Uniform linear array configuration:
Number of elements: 4
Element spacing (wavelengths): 0.5
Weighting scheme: exponential
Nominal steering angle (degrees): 45
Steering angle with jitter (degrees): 44.667
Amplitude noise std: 0.05
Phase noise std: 0.05

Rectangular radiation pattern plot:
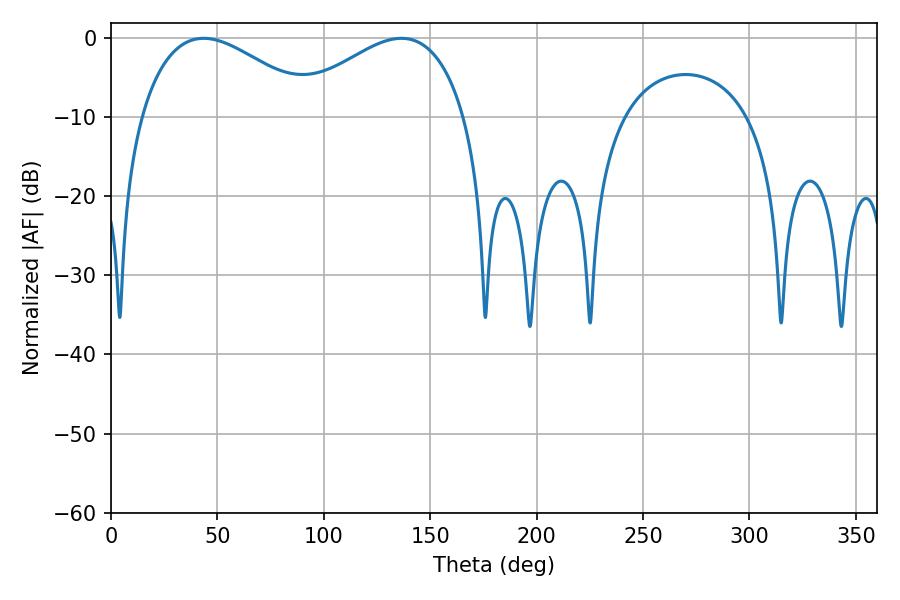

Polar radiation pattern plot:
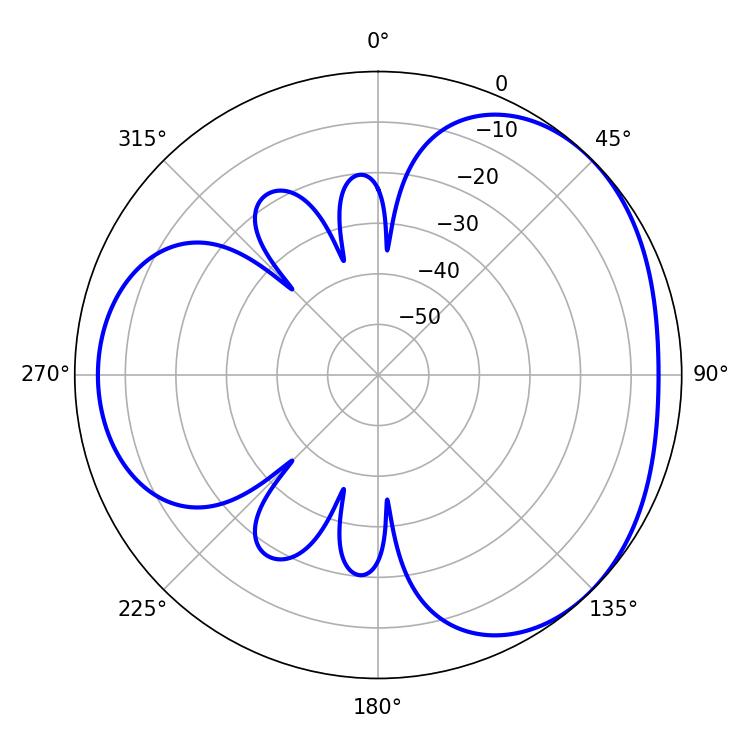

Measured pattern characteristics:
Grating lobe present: FALSE
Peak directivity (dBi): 3.259
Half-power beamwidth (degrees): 45.36
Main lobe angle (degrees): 136.44